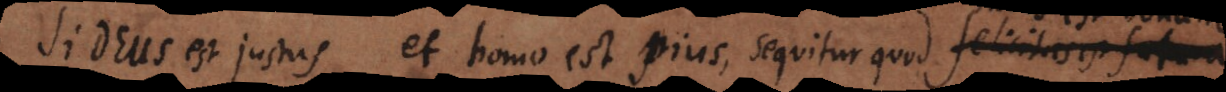
Si Deus est justus et homo est pius, sequitur quod felicitas